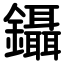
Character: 鑷